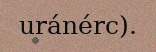
uránérc).